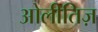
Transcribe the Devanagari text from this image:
ओलीतिज़